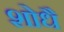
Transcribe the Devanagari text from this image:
शोधै